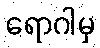
ရောဂါမှ